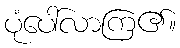
ပုံပေါ်လာကြ၏။